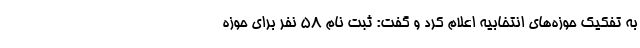
به تفکیک حوزه‌های انتخابیه اعلام کرد و گفت: ثبت نام ۵۸ نفر برای حوزه